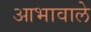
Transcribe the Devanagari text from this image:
आभावाले